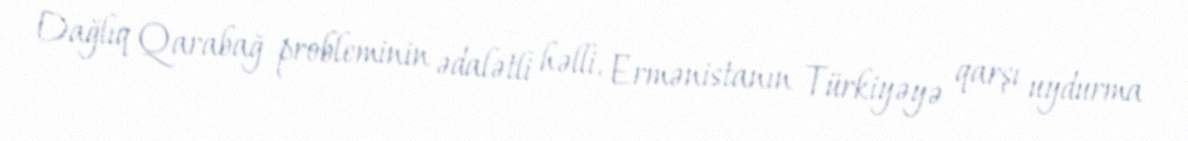
Dağlıq Qarabağ probleminin ədalətli həlli, Ermənistanın Türkiyəyə qarşı uydurma